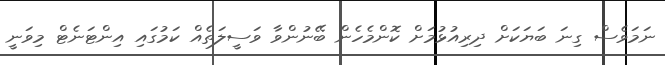
ނަމަވެސް ގިނަ ބަޔަކަށް ދިރިއުޅުމަށް ކޮންމެހެން ބޭނުންވާ ވަސީލަތެއް ކަމުގައި އިންޓަނެޓް މިވަނީ